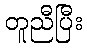
တူညီပြီး